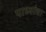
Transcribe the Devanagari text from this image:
पाध्यांचा